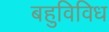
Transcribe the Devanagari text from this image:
बहुविविध